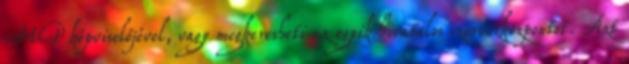
HP képviselőjével, vagy megkeresheti az egyik hivatalos szervizközpontot. Azt